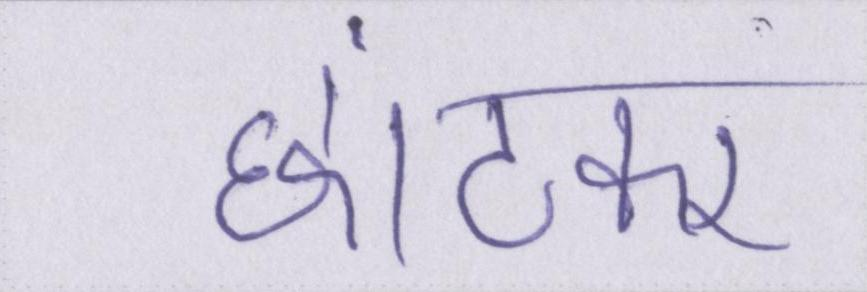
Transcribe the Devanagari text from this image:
छांटकर